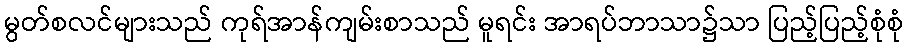
မွတ်စလင်များသည် ကုရ်အာန်ကျမ်းစာသည် မူရင်း အာရပ်ဘာသာ၌သာ ပြည့်ပြည့်စုံစုံ